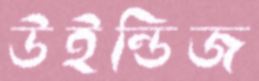
উইন্ডিজ